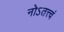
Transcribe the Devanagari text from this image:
नोऽतत्त्वं